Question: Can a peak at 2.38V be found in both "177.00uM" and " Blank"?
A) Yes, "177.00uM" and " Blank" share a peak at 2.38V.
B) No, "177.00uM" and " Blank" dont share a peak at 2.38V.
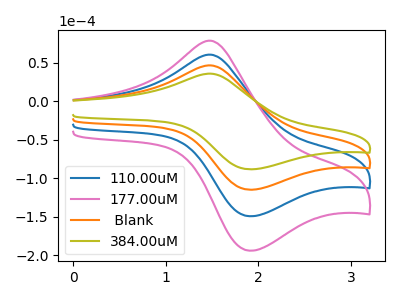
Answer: <think>The blue curve "110.00uM" has an anodic peak at (1.45V, 92.85uA) and a cathodic peak at (1.90V, -229.60uA). The pink curve "177.00uM" has an anodic peak at (1.45V, 139.25uA) and a cathodic peak at (1.90V, -344.35uA). The orange curve " Blank" has an anodic peak at (1.45V, 46.40uA) and a cathodic peak at (1.90V, -114.80uA). The olive curve "384.00uM" has an anodic peak at (1.45V, 35.70uA) and a cathodic peak at (1.90V, -88.30uA).</think>
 <answer>B) No, "177.00uM" and " Blank" dont share a peak at 2.38V.</answer>
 <eval>B</eval>